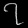
Digit: ၇